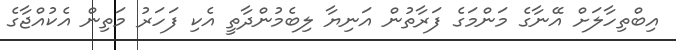
އިބްތިހާލަށް އޭނާގެ މަންމަގެ ފަރާތުން އަނިޔާ ލިބެމުންދާތީ އެކި ފަހަރު މަތިން އެކުއްޖާގެ